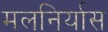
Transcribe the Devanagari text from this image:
मलनिर्यास